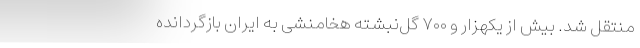
منتقل شد. بیش از یکهزار و ۷۰۰ گل‌نبشته هخامنشی به ایران بازگردانده